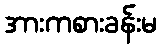
အားကစားခန်းမ